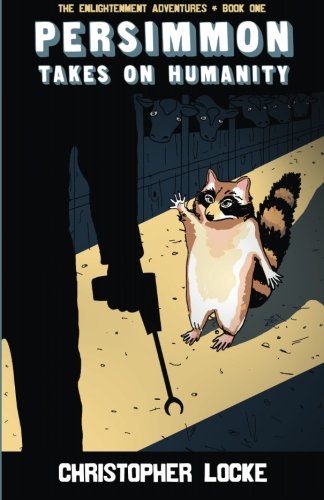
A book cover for Persimmon Takes On Humanity (The Enlightenment Adventures: Book One); Christopher Locke; Science & Math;